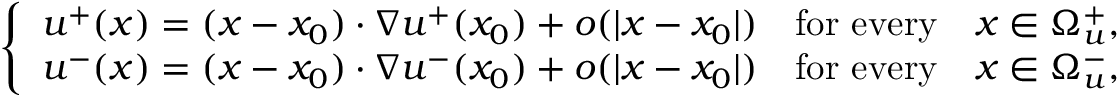
\left\{ \begin{array} { l l } { u ^ { + } ( x ) = ( x - x _ { 0 } ) \cdot \nabla u ^ { + } ( x _ { 0 } ) + o ( | x - x _ { 0 } | ) \quad \mathrm { f o r ~ e v e r y } \quad x \in \Omega _ { u } ^ { + } , } \\ { u ^ { - } ( x ) = ( x - x _ { 0 } ) \cdot \nabla u ^ { - } ( x _ { 0 } ) + o ( | x - x _ { 0 } | ) \quad \mathrm { f o r ~ e v e r y } \quad x \in \Omega _ { u } ^ { - } , } \end{array} \right.